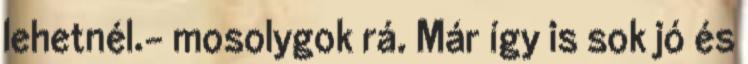
lehetnél.- mosolygok rá. Már így is sok jó és